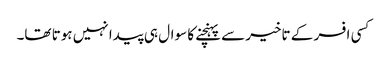
کسی افسر کے تاخیر سے پہنچنے کا سوال ہی پیدا نہیں ہوتا تھا۔